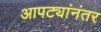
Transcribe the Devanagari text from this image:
आपट्यांनंतर